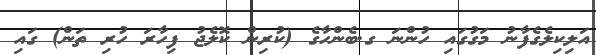
އަލިކިލެގެފާނު މަގުގައި ހުންނަ ގ.ބެންހާގެ (ކުރިން ކޮލެޖު ފިހާރަ ހުރި ތަން) ގައި